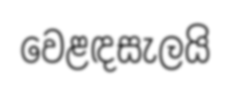
වෙළඳසැලයි